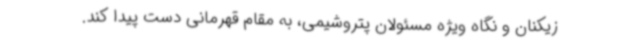
زیکنان و نگاه ویژه مسئولان پتروشیمی، به مقام قهرمانی دست پیدا کند.